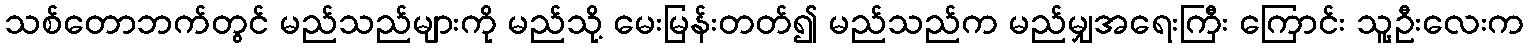
သစ်တောဘက်တွင် မည်သည်များကို မည်သို့ မေးမြန်းတတ်၍ မည်သည်က မည်မျှအရေးကြီး ကြောင်း သူ့ဦးလေးက